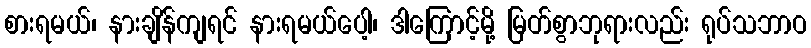
စားရမယ်၊ နားချိန်ကျရင် နားရမယ်ပေါ့၊ ဒါကြောင့်မို့ မြတ်စွာဘုရားလည်း ရုပ်သဘာဝ